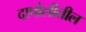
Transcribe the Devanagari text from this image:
दापोलीतील